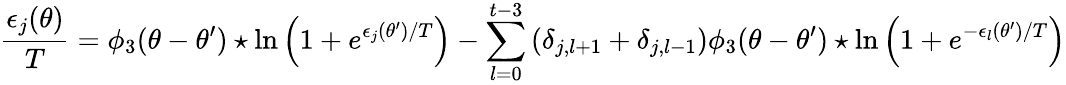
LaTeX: {\frac{\epsilon_{j}(\theta)}{T}}=\phi_{3}(\theta-\theta^{\prime})\star\ln\left(1+e^{\epsilon_{j}(\theta^{\prime})/T}\right)-\sum_{l=0}^{t-3}\left(\delta_{j,l+1}+\delta_{j,l-1}\right)\phi_{3}(\theta-\theta^{\prime})\star\ln\left(1+e^{-\epsilon_{l}(\theta^{\prime})/T}\right)